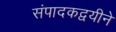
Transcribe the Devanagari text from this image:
संपादकद्वयीने